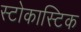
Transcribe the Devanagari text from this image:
स्टोकास्टिक